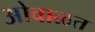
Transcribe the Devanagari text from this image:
ओवाळत